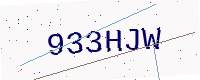
Text: 933HJW